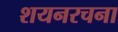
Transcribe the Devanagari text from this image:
शयनरचना